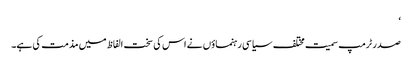
‘
صدر ٹرمپ سمیت مختلف سیاسی رہنماؤں نے اس کی سخت الفاظ میں مذمت کی ہے۔